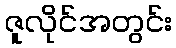
ဇူလိုင်အတွင်း